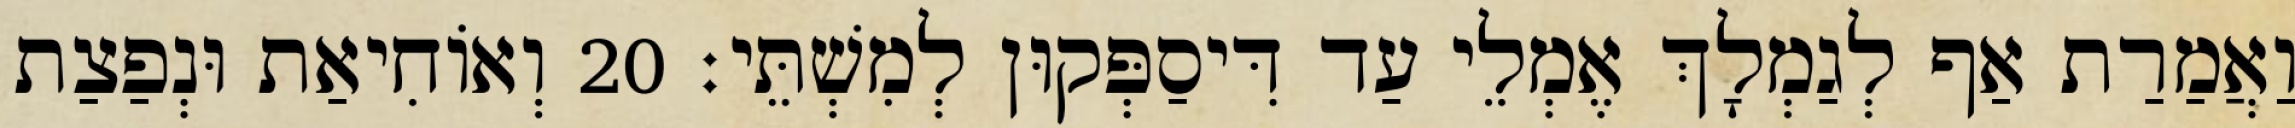
וַאֲמַרַת אַף לְגַמְלָךְ אֶמְלֵי עַד דִּיסַפְּקוּן לְמִשְׁתֵּי׃ 20 וְאוֹחִיאַת וּנְפַצַת